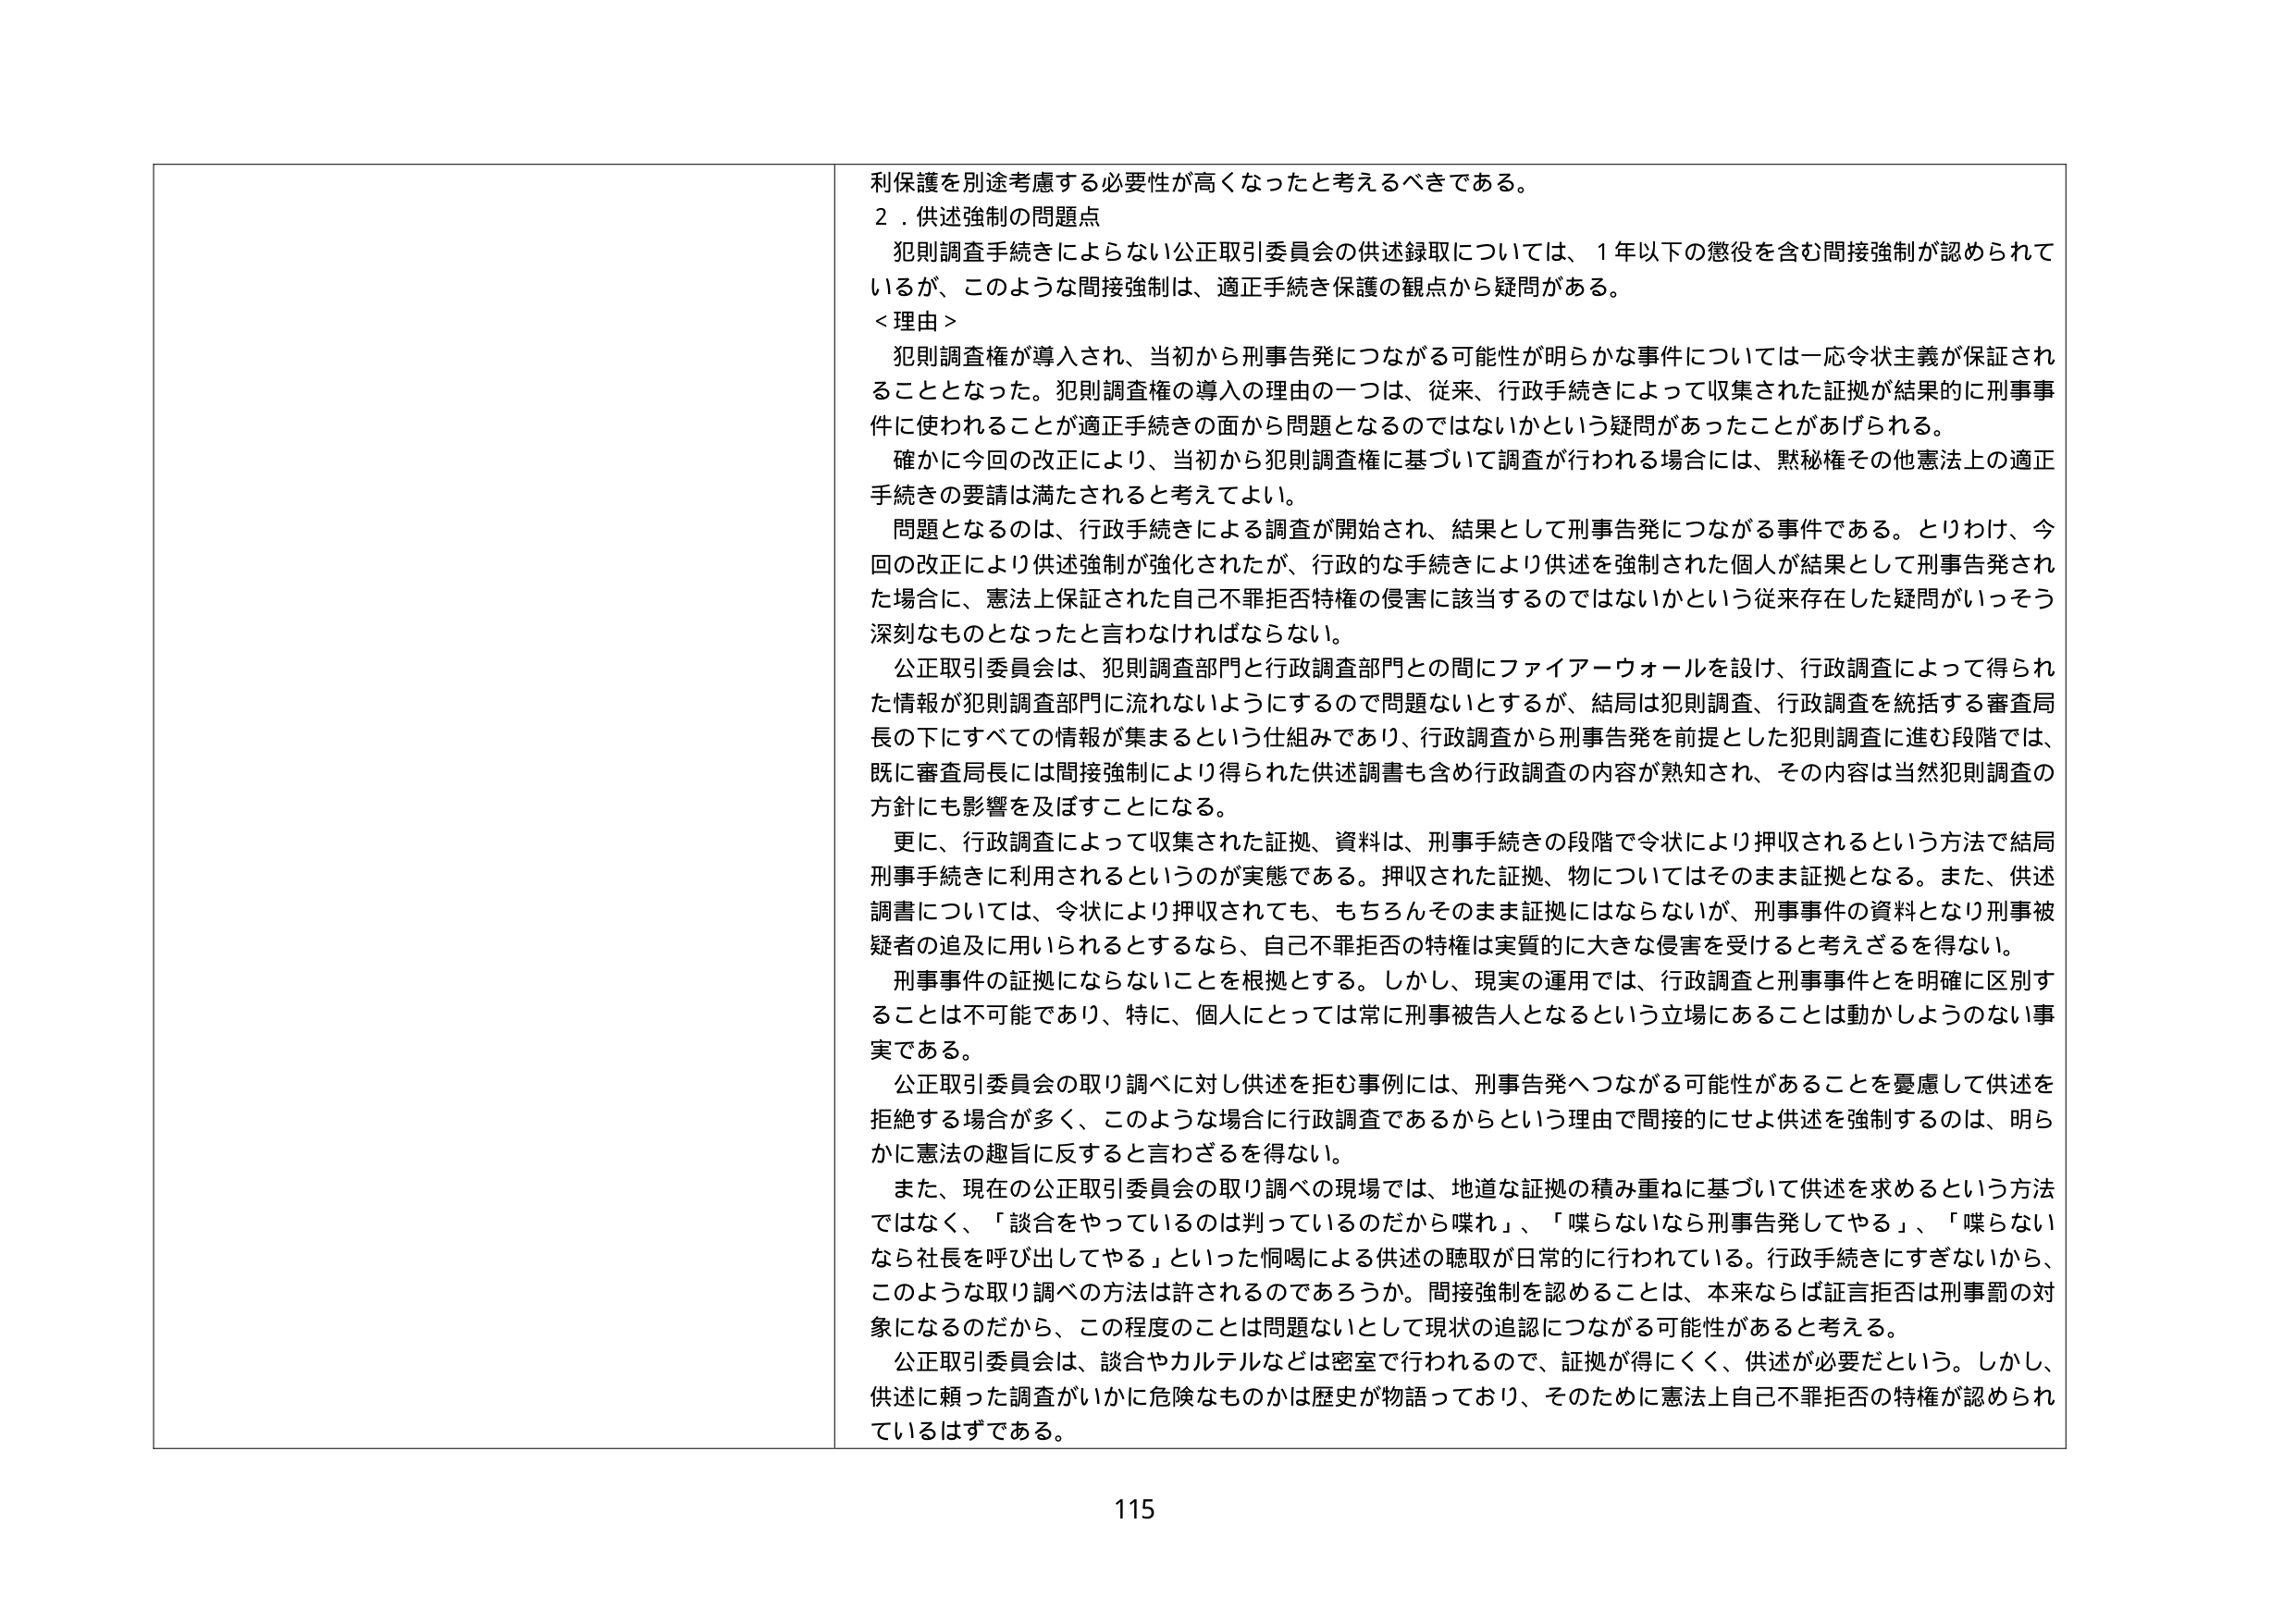
利保護を別途考慮する必要性が高くなったと考えるべきである。

２．供述強制の問題点

　犯則調査手続きによらない公正取引委員会の供述録取については、１年以下の懲役を含む間接強制が認められているが、このような間接強制は、適正手続き保護の観点から疑問がある。

＜理由＞

　犯則調査権が導入され、当初から刑事告発につながる可能性が明らかな事件については一応令状主義が保証されることとなった。犯則調査権の導入の理由の一つは、従来、行政手続きによって収集された証拠が結果的に刑事事件に使われることが適正手続きの面から問題となるのではないかという疑問があったことがあげられる。

　確かに今回の改正により、当初から犯則調査権に基づいて調査が行われる場合には、黙秘権その他憲法上の適正手続きの要請は満たされると考えてよい。

　問題となるのは、行政手続きによる調査が開始され、結果として刑事告発につながる事件である。とりわけ、今回の改正により供述強制が強化されたが、行政的な手続きにより供述を強制された個人が結果として刑事告発された場合に、憲法上保証された自己不罪拒否特権の侵害に該当するのではないかという従来存在した疑問がいっそう深刻なものとなったと言わなければならない。

　公正取引委員会は、犯則調査部門と行政調査部門との間にファイアーウォールを設け、行政調査によって得られた情報が犯則調査部門に流れないようにするので問題ないとするが、結局は犯則調査、行政調査を統括する審査局長の下にすべての情報が集まるという仕組みであり、行政調査から刑事告発を前提とした犯則調査に進む段階では、既に審査局長には間接強制により得られた供述調書も含め行政調査の内容が熟知され、その内容は当然犯則調査の方針にも影響を及ぼすことになる。

　更に、行政調査によって収集された証拠、資料は、刑事手続きの段階で令状により押収されるという方法で結局刑事手続きに利用されるというのが実態である。押収された証拠、物についてはそのまま証拠となる。また、供述調書については、令状により押収されても、もちろんそのまま証拠にはならないが、刑事事件の資料となり刑事被疑者の追及に用いられるとするなら、自己不罪拒否の特権は実質的に大きな侵害を受けると考えざるを得ない。

　刑事事件の証拠にならないことを根拠とする。しかし、現実の運用では、行政調査と刑事事件とを明確に区別することは不可能であり、特に、個人にとっては常に刑事被告人となるという立場にあることは動かしようのない事実である。

　公正取引委員会の取り調べに対し供述を拒む事例には、刑事告発へつながる可能性があることを憂慮して供述を拒絶する場合が多く、このような場合に行政調査であるからという理由で間接的にせよ供述を強制するのは、明らかに憲法の趣旨に反すると言わざるを得ない。

　また、現在の公正取引委員会の取り調べの現場では、地道な証拠の積み重ねに基づいて供述を求めるという方法ではなく、「談合をやっているのは判っているのだから喋れ」、「喋らないなら刑事告発してやる」、「喋らないなら社長を呼び出してやる」といった恫喝による供述の聴取が日常的に行われている。行政手続きにすぎないから、このような取り調べの方法は許されるのであろうか。間接強制を認めることは、本来ならば証言拒否は刑事罰の対象になるのだから、この程度のことは問題ないとして現状の追認につながる可能性があると考える。

　公正取引委員会は、談合やカルテルなどは密室で行われるので、証拠が得にくく、供述が必要だという。しかし、供述に頼った調査がいかに危険なものかは歴史が物語っており、そのために憲法上自己不罪拒否の特権が認められているはずである。

115